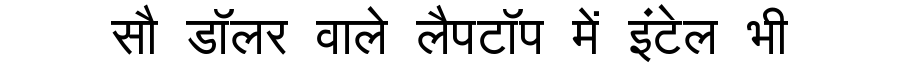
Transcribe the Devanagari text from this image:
सौ डॉलर वाले लैपटॉप में इंटेल भी